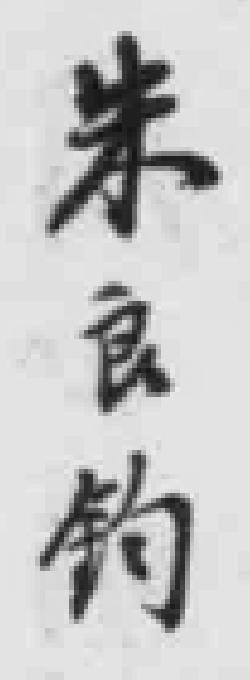
朱良鈞